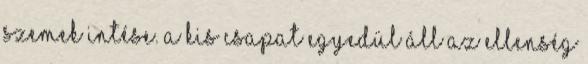
szemek intése. A kis csapat egyedül áll az ellenség